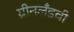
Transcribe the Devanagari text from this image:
ग्रीनलँडची